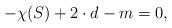
LaTeX: \begin{align*}-\chi(S) + 2 \cdot d - m =0,\end{align*}